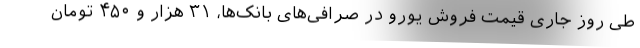
طی روز جاری قیمت فروش یورو در صرافی‌های بانک‌ها، ۳۱ هزار و ۴۵۰ تومان